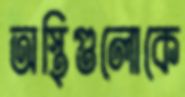
অস্থিগুলোকে